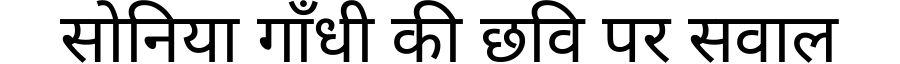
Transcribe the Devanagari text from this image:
सोनिया गाँधी की छवि पर सवाल